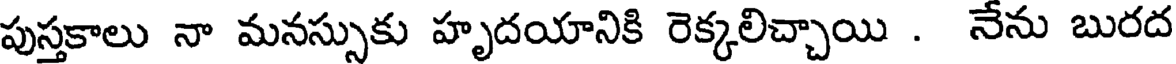
పుస్తకాలు నా మనస్సుకు హృదయానికి రెక్కలిచ్చాయి . నేను బురద